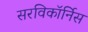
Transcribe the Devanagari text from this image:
सरविकॉर्निस